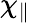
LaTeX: \chi_{\parallel}